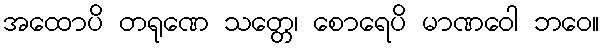
အထောပိ တရုဏေ သတ္တေ၊ စောရေပိ မာဏဝေါ ဘဝေ။